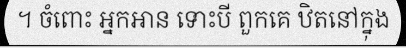
។ ចំពោះ អ្នកអាន ទោះបី ពួកគេ ឋិតនៅក្នុង